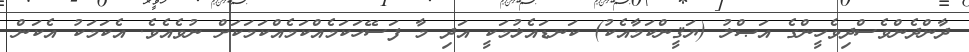
ދާންދެންވެސްދިވެހީންގެ އަޞްލު (ޔަޤީންކަމާއެކު) ކަނޑައެޅުމަކީ އަދި މާ ފަސޭހަކަމެއްކަމެއްކަމަކަށް ނުވެއެވެ. އެކަމަކު އެކަން